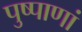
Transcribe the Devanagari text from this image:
पुष्पाणां